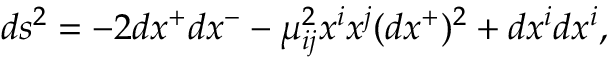
d s ^ { 2 } = - 2 d x ^ { + } d x ^ { - } - \mu _ { i j } ^ { 2 } x ^ { i } x ^ { j } ( d x ^ { + } ) ^ { 2 } + d x ^ { i } d x ^ { i } ,